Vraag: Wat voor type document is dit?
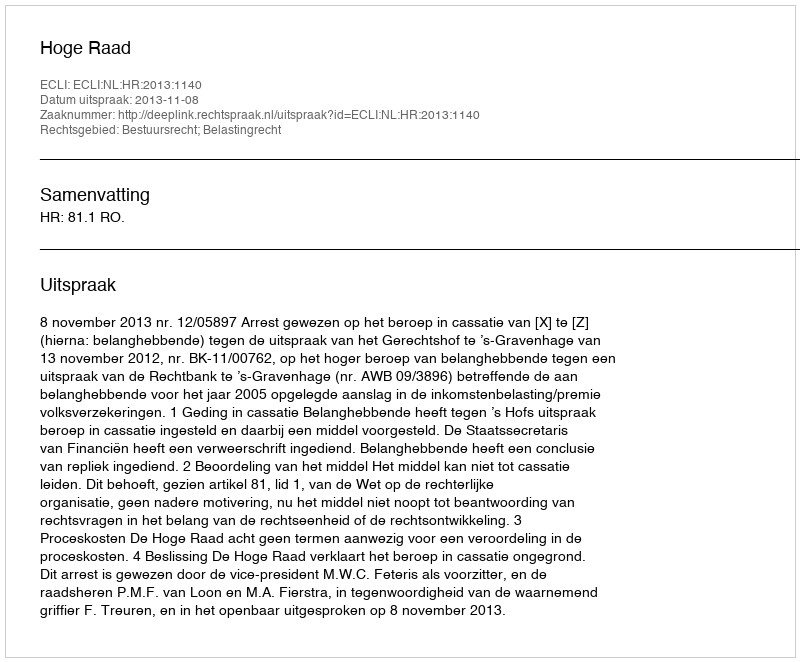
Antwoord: Uitspraak